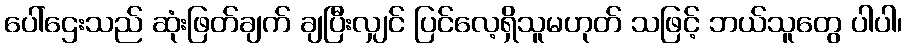
ပေါ်ဌေးသည် ဆုံးဖြတ်ချက် ချပြီးလျှင် ပြင်လေ့ရှိသူမဟုတ် သဖြင့် ဘယ်သူတွေ ပါပါ၊